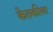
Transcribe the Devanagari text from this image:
केतकीला